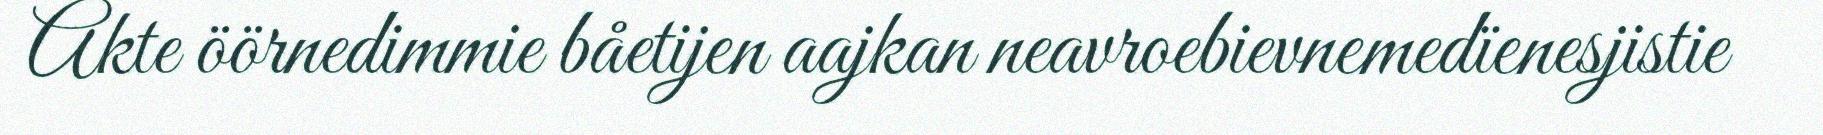
Akte öörnedimmie båetijen aajkan neavroebievnemedïenesjistie